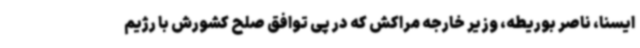
ایسنا، ناصر بوریطه، وزیر خارجه مراکش که در پی توافق صلح کشورش با رژیم